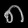
Digit: ၈